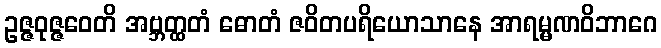
ဥဇ္ဇဝုဇ္ဇဝေတိ အဗ္ဘတ္ထတံ ဓောတံ ဇဝိတပရိယောသာနေ အာရမ္မဏဝိဘာဂေ